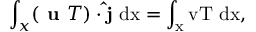
\int _ { x } ( \textbf { u } T ) \cdot \mathbf { \hat { j } } \ \mathrm { { d } x = \int _ { x } v T \ \mathrm { { d } x , } }